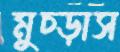
মুচ্‌ড়াস